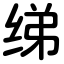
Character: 绨